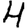
Digit: 4